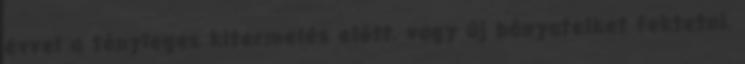
évvel a tényleges kitermelés előtt, vagy új bányatelket fektetni,